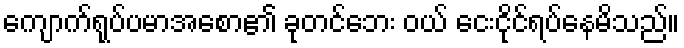
ကျောက်ရုပ်ပမာအစော၏ ခုတင်ဘေး ဝယ် ငေးငိုင်ရပ်နေမိသည်။